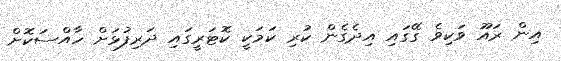
އިން ރައޫ ވަކިވެ ގޭގައި އިދެގެން ކުރި ކަމަކީ ކޮޓަރީގައި ދަރިފުޅަށް ހާއްސަކޮށް